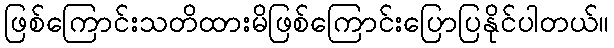
ဖြစ်ကြောင်းသတိထားမိဖြစ်ကြောင်းပြောပြနိုင်ပါတယ်။